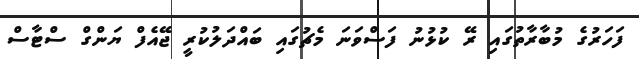
ފަހަރުގެ މުބާރާތުގައި ރޭ ކުޅުނު ފަސްވަނަ މެޗުގައި ބައްދަލުކުރީ ޖޭއެފް ޔަންގް ސްޓާސް